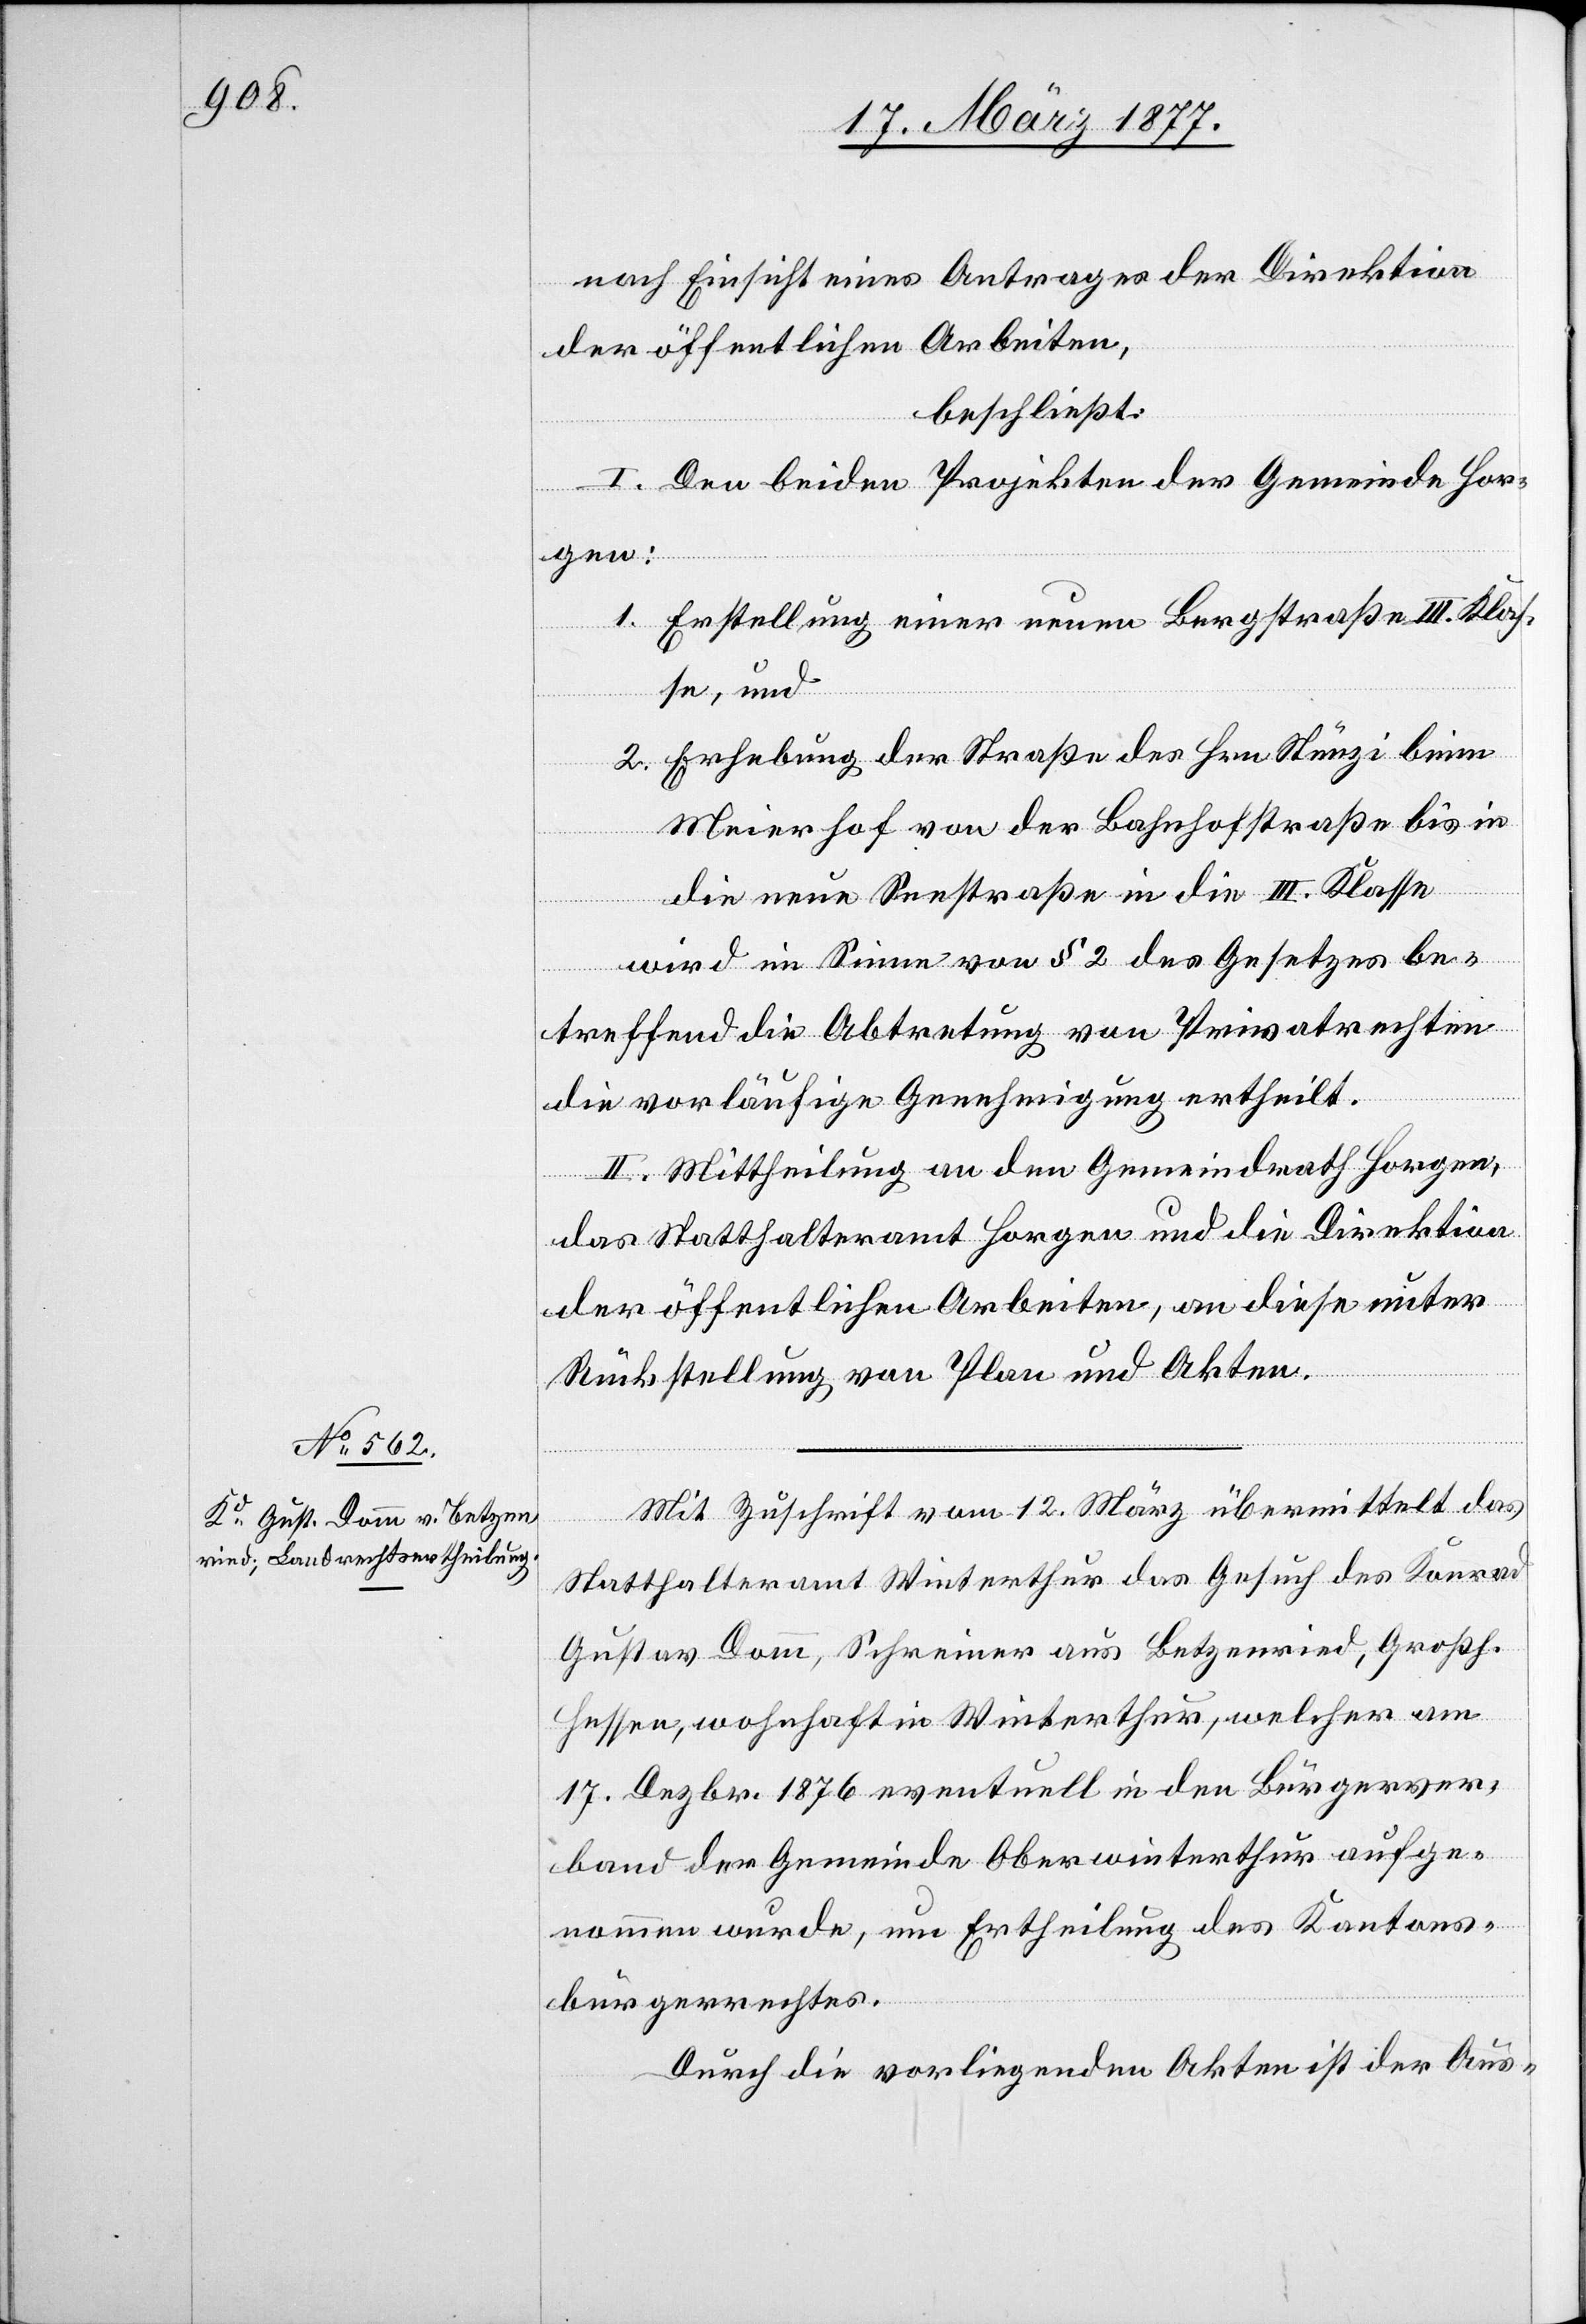
nach Einsicht eines Antrages der Direktion
der öffentlichen Arbeiten,
beschließt:
I. Den beiden Projekten der Gemeinde Hor¬
gen:
1. Erstellung einer neuen Bergstraße III. Klas¬
se, und
2. Erhebung der Straße des Hrn. Stünzi beim
Meierhof von der Bahnhofstraße bis in
die neue Seestraße in die III. Klasse
wird im Sinne von § 2 des Gesetzes be¬
treffend die Abtretung von Privatrechten
die vorläufige Genehmigung ertheilt.
II. Mittheilung an den Gemeindrath Horgen,
das Statthalteramt Horgen und die Direktion
der öffentlichen Arbeiten, an diese unter
Rückstellung von Plan und Akten.
Mit Zuschrift vom 12. März übermittelt das
Statthalteramt Winterthur das Gesuch des Konrad
Gustav Domm, Schreiner aus Betzenried, Großh.
Hessen, wohnhaft in Winterthur, welcher am
17. Dezbr. 1876 eventuell in den Bürgerver¬
band der Gemeinde Oberwinterthur aufge¬
nommen wurde, um Ertheilung des Kantons¬
bürgerrechtes.
Durch die vorliegenden Akten ist der Aus-